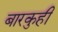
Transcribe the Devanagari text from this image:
बारकुही